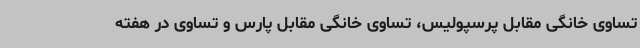
تساوی خانگی مقابل پرسپولیس، تساوی خانگی مقابل پارس و تساوی در هفته